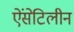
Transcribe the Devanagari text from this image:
ऐंसेटिलीन